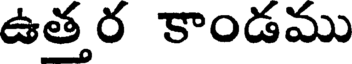
ఉత్తర కాండము